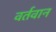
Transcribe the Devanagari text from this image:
वर्तवान